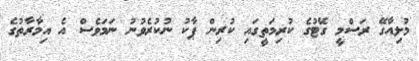
މުލިއާގޭ ރަސްމީ ގޭޓުގެ ކުރިމަތީގައި ކުރިން ޕާކު ނުކުރެވުނު ނަމަވެސް އެ އިމާރާތުގެ